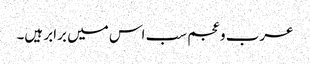
عرب و عجم سب اس میں برابر ہیں۔